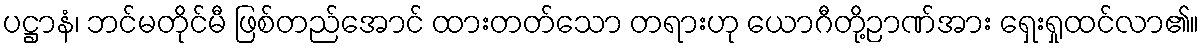
ပဋ္ဌာနံ၊ ဘင်မတိုင်မီ ဖြစ်တည်အောင် ထားတတ်သော တရားဟု ယောဂီတို့ဉာဏ်အား ရှေးရှုထင်လာ၏။